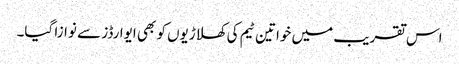
اس تقریب میں خواتین ٹیم کی کھلاڑیوں کو بھی ایوارڈز سے نوازا گیا۔